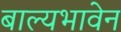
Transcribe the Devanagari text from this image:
बाल्यभावेन